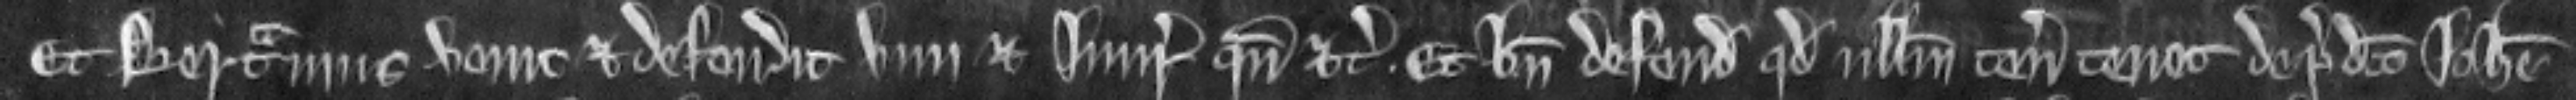
Et Bertramus venit et defendit vim et injuriam quando etc. Et bene defendit quod ullum tenementum tenet de predicto Johanne